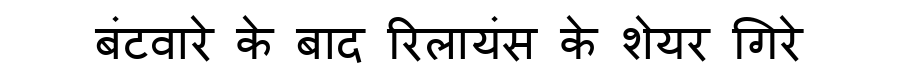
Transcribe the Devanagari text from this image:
बंटवारे के बाद रिलायंस के शेयर गिरे